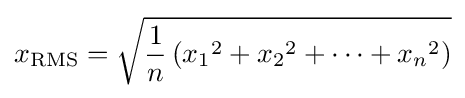
x_{\text{RMS}}={\sqrt {{\frac {1}{n}}\left({x_{1}}^{2}+{x_{2}}^{2}+\cdots +{x_{n}}^{2}\right)}}